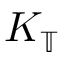
K _ { \mathbb { T } }